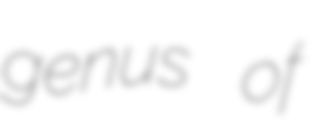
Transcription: genus of